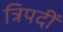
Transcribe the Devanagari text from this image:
त्रिपदीं